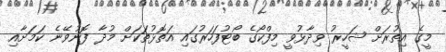
މީގެ އިތުރަށް ޝަހީރު ވިދާޅުވީ މިފްކޯގެ ބޯޓުފަހަރުގައި އަތޮޅުތަކަށް މުދާ ފޮނުވޭނެ ކަމަށާއި